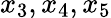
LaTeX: x_{3},x_{4},x_{5}